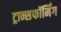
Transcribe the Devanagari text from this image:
ट्रान्सफॉर्मिंग